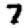
Digit: 7